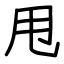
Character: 甩